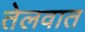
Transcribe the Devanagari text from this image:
तेलवात